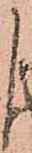
よ